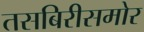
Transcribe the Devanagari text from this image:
तसबिरीसमोर